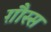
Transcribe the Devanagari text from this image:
ग़ौस्स